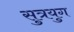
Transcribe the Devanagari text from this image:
सुत्रयुग